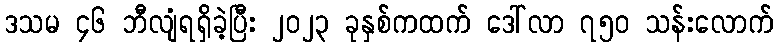
ဒသမ ၄၆ ဘီလျံရရှိခဲ့ပြီး ၂၀၂၃ ခုနှစ်ကထက် ဒေါ်လာ ၇၅၀ သန်းလောက်